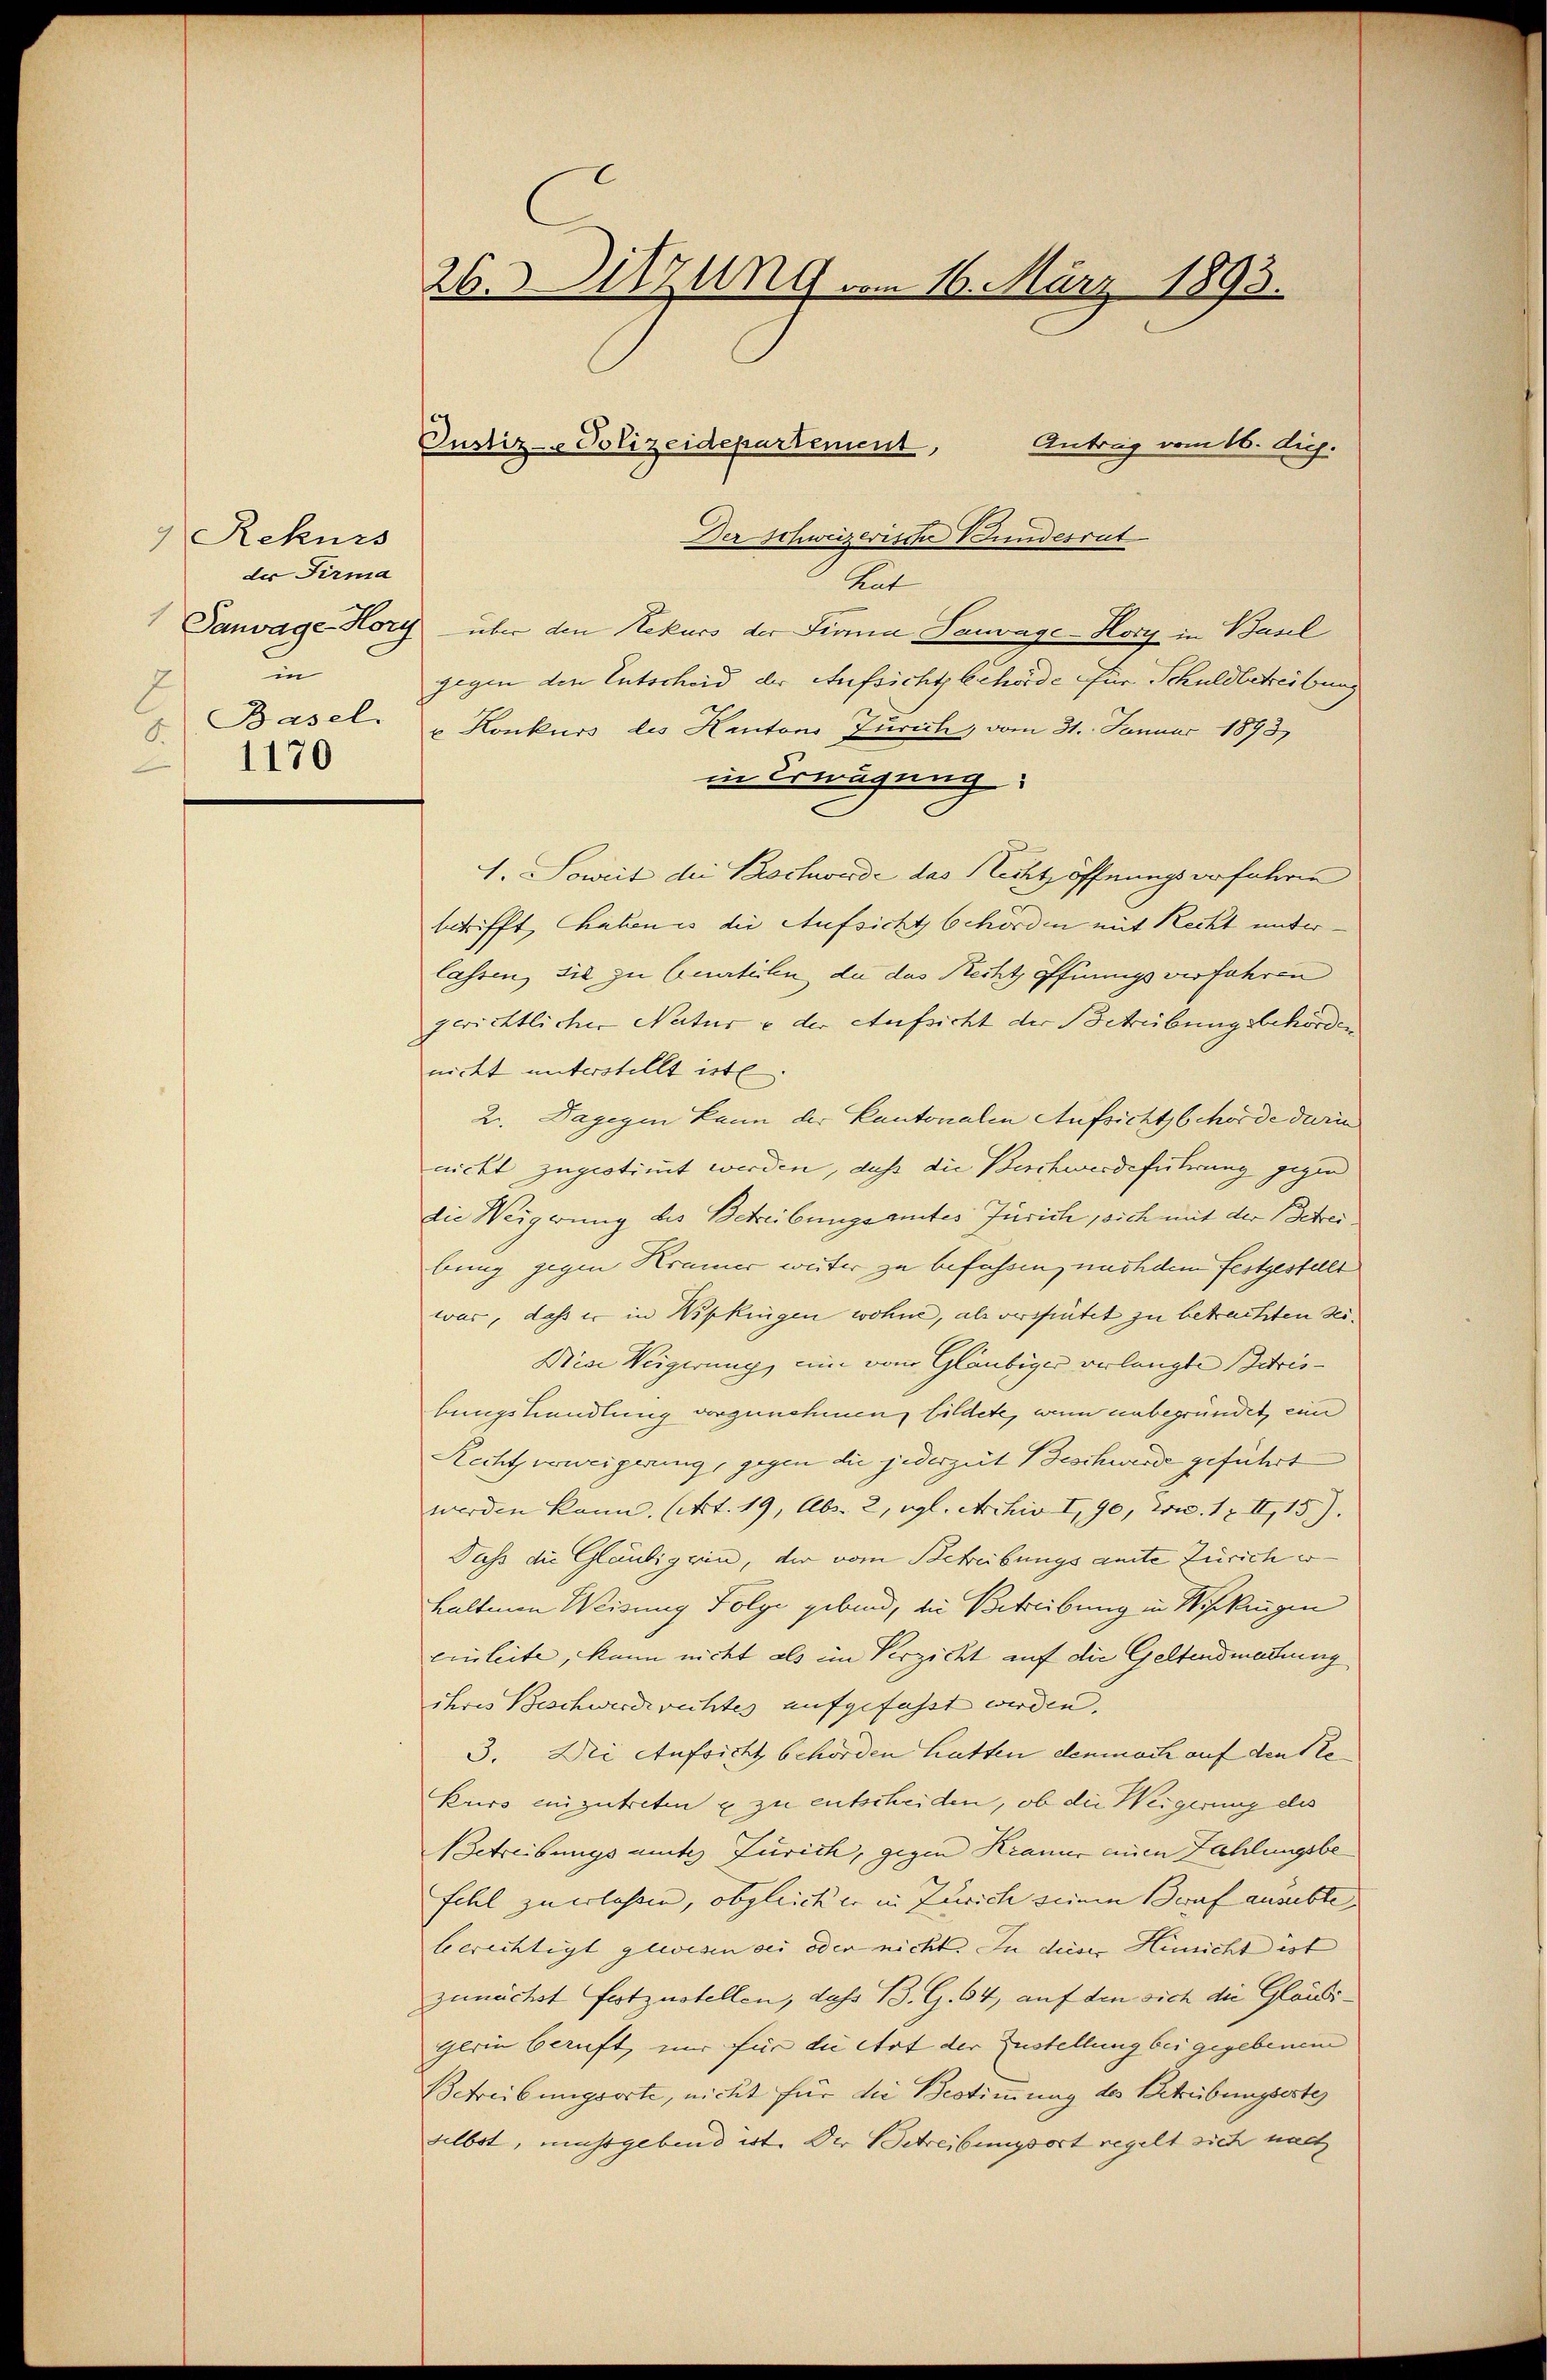
Rekurs
der Firma
in
Basel
S.
1170

26.Sitzung vom 16. März 1893.

Antrag vom 16. dich.
Der Schweizerische Bundesrat
Rut
Sanvage-Hort über den Rekurs der Firma Sauvage-Hory in Basel
gegen den Entscheid der Aufsichtsbehörde für Schuldbetreibung
u. Konkurs des Kantons Zürich, vom 31. Januar 1893
in Erwägung:
1. Soweit der Beschwerde das Nichtöffnungsorfahren
betrifft, haben es die Aufsicht behörden mit Recht unterlassen, sie zu beurteilen, da das Recht öffnungs verfahren
gerichtlicher Natur & der Aufsicht der Betreibungsbehörden
nicht unterstellt ist
2. Dagegen kann der Cantonalen Aufsichtsbehörde darin
nickt zugestimt werden, daß die Birchwerdeführung gegen
die Weigerung des Betreibungsamtes Zürich sich mit der Betrei
bung gegen Krämer weiter zu befassen, nach dem festgestellt
war, dass er in Wipkingen wohne, als verhütet zu betrachten Sei¬
Nine Weigerung, um vom Gläubiger verlangte Betris-
bungshandlung vorzunehmen, bildete, wenn unbegründet, eine
Recht vorweigerung, gegen die jederzeit Beschwerde geführt
werden kann. (Art. 19, Abs. 2, vgl. Archiv I, 90, Dec. 1 x II, 15).
Dass die Gläubigen, der vom Betreibungsamte Zürich erhaltenen Weisung Folge gebend, die Betreibung in Wipkingen
Einleite, kann nicht als im Verzicht auf die Geltendmachung
ihres Beschwerde rechtes aufgefasst werden. |
3. Die Aufsicht behörden hatten dennoch auf den Ste
kurs einzutreten & zu entscheiden, ob die Weigerung des
Betreibungsamtes Zürich, gegen Kramer einen Zahlungsbe
Fehl zu erlassen, obgleicher in Zürich seinen Beruf ausübte,
berichtigt gewesen sei oder nicht. In dieser Hinicht ist |
zunächst festzustellen, dass B. G. 94, auf den sich die Gläubi¬
Glein beruft, nur für die Etat der Zustellung bei gegebenem
Betreibungsorte, nicht für die Bestimmung des Betreibungsorte
selbst, mussgebend ist. Der Betreibungsort regelt sich nach

Justiz- Polizeidepartement,